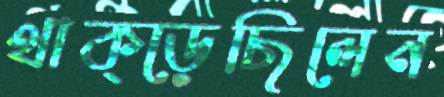
থাক্‌ড়েছিলেন